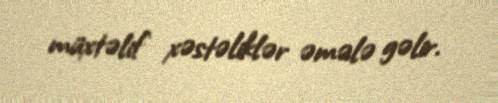
müxtəlif xəstəliklər əmələ gəlir.